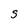
Character: g